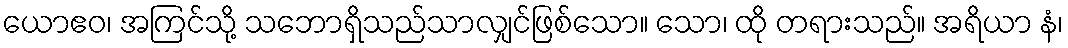
ယောဧဝ၊ အကြင်သို့ သဘောရှိသည်သာလျှင်ဖြစ်သော။ သော၊ ထို တရားသည်။ အရိယာ နံ၊